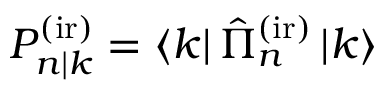
P _ { n | k } ^ { \mathrm { ( i r ) } } = \left\langle k \right| \hat { \Pi } _ { n } ^ { \mathrm { ( i r ) } } \left| k \right\rangle